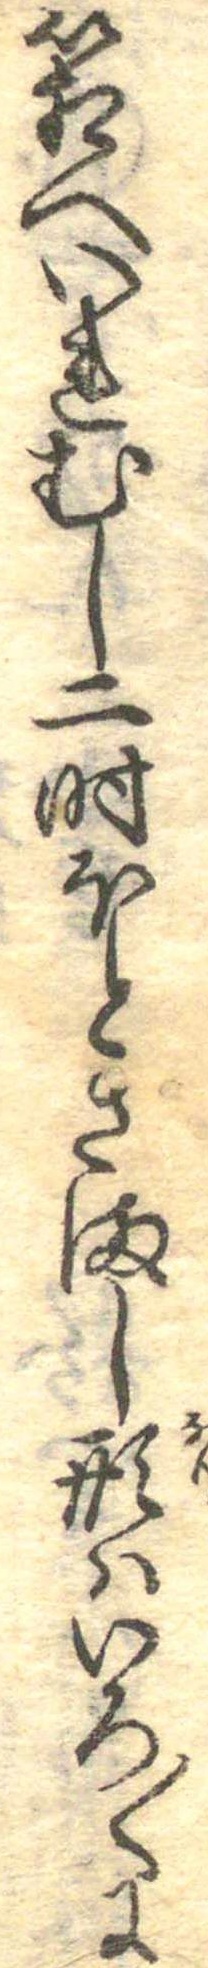
箱へいれむし二時ほとさまし形はいろ〱に